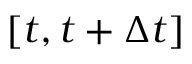
[ t , t + \Delta t ]